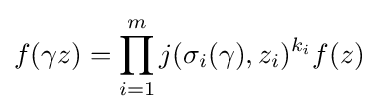
f(\gamma z)=\prod _{i=1}^{m}j(\sigma _{i}(\gamma ),z_{i})^{k_{i}}f(z)